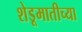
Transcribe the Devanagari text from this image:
शेडूमातीच्या